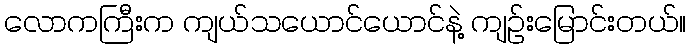
လောကကြီးက ကျယ်သယောင်ယောင်နဲ့ ကျဉ်းမြောင်းတယ်။